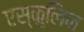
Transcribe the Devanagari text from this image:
एस्कुलिन